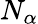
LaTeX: N_{\alpha}